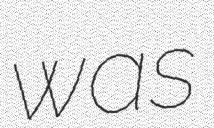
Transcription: was